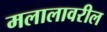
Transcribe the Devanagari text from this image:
मलालावरील